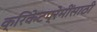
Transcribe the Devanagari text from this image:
क्रिकेटप्रेमींसाठी